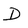
Character: D